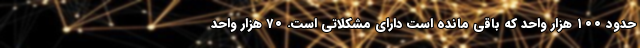
حدود ۱۰۰ هزار واحد که باقی مانده است دارای مشکلاتی است. ۷۰ هزار واحد